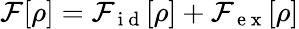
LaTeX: \mathcal{F}[\rho]=\mathcal{F}_{\mathrm{~i~d~}}[\rho]+\mathcal{F}_{\mathrm{~e~x~}}[\rho]